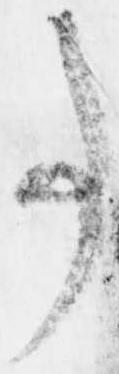
事